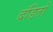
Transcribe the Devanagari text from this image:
दंडितों